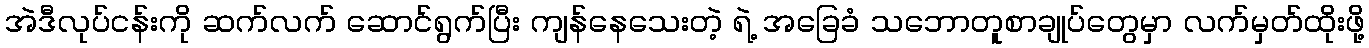
အဲဒီလုပ်ငန်းကို ဆက်လက် ဆောင်ရွက်ပြီး ကျန်နေသေးတဲ့ ရဲ့ အခြေခံ သဘောတူစာချုပ်တွေမှာ လက်မှတ်ထိုးဖို့